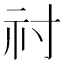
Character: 𥘑